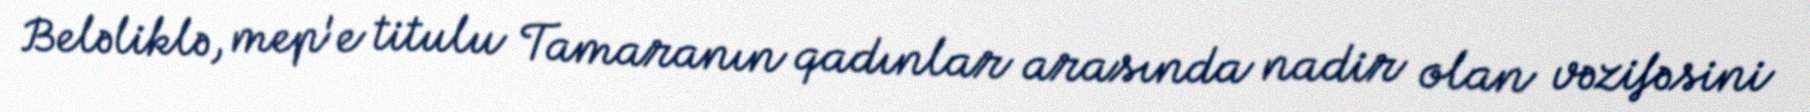
Beləliklə, mep'e titulu Tamaranın qadınlar arasında nadir olan vəzifəsini